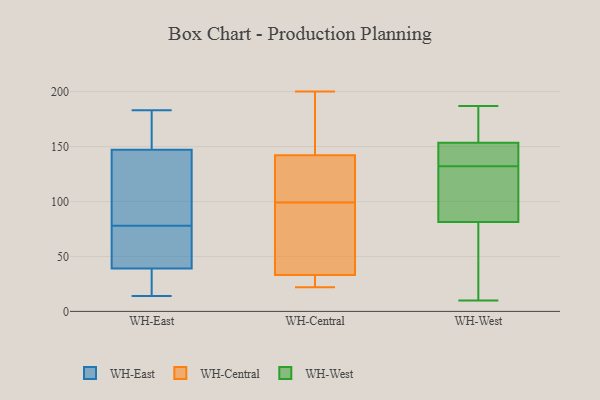
{"axis": {"x": "Revenue (USD Million)", "y": "Value"}, "legend": ["WH-Central", "WH-East", "WH-West"], "data": [{"x": "", "y": 14, "type": "WH-East"}, {"x": "", "y": 172, "type": "WH-East"}, {"x": "", "y": 80, "type": "WH-East"}, {"x": "", "y": 25, "type": "WH-East"}, {"x": "", "y": 147, "type": "WH-East"}, {"x": "", "y": 76, "type": "WH-East"}, {"x": "", "y": 165, "type": "WH-East"}, {"x": "", "y": 39, "type": "WH-East"}, {"x": "", "y": 125, "type": "WH-East"}, {"x": "", "y": 17, "type": "WH-East"}, {"x": "", "y": 102, "type": "WH-East"}, {"x": "", "y": 65, "type": "WH-East"}, {"x": "", "y": 183, "type": "WH-East"}, {"x": "", "y": 51, "type": "WH-East"}, {"x": "", "y": 36, "type": "WH-Central"}, {"x": "", "y": 93, "type": "WH-Central"}, {"x": "", "y": 142, "type": "WH-Central"}, {"x": "", "y": 30, "type": "WH-Central"}, {"x": "", "y": 33, "type": "WH-Central"}, {"x": "", "y": 116, "type": "WH-Central"}, {"x": "", "y": 200, "type": "WH-Central"}, {"x": "", "y": 105, "type": "WH-Central"}, {"x": "", "y": 200, "type": "WH-Central"}, {"x": "", "y": 22, "type": "WH-Central"}, {"x": "", "y": 85, "type": "WH-West"}, {"x": "", "y": 149, "type": "WH-West"}, {"x": "", "y": 153, "type": "WH-West"}, {"x": "", "y": 70, "type": "WH-West"}, {"x": "", "y": 132, "type": "WH-West"}, {"x": "", "y": 182, "type": "WH-West"}, {"x": "", "y": 108, "type": "WH-West"}, {"x": "", "y": 112, "type": "WH-West"}, {"x": "", "y": 187, "type": "WH-West"}, {"x": "", "y": 145, "type": "WH-West"}, {"x": "", "y": 155, "type": "WH-West"}, {"x": "", "y": 138, "type": "WH-West"}, {"x": "", "y": 10, "type": "WH-West"}, {"x": "", "y": 165, "type": "WH-West"}, {"x": "", "y": 46, "type": "WH-West"}, {"x": "", "y": 127, "type": "WH-West"}, {"x": "", "y": 23, "type": "WH-West"}]}